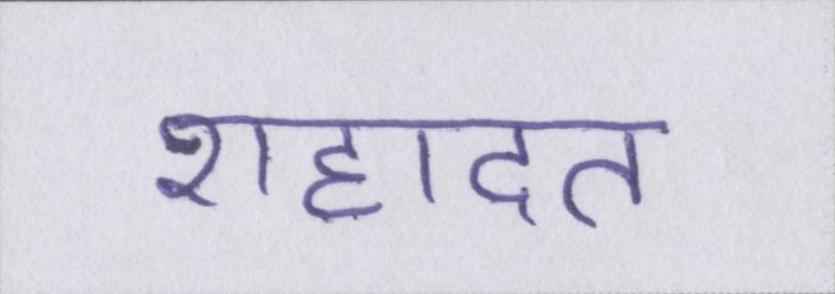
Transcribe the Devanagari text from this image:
शहादत